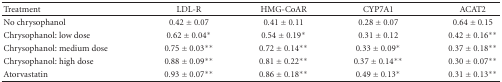
| Treatment | LDL-R | HMG-CoAR | CYP7A1 | ACAT2 |
 | --- | --- | --- | --- | --- |
 | No chrysophanol | 0.42 ± 0.07 | 0.41 ± 0.11 | 0.28 ± 0.07 | 0.64 ± 0.15 |
 | Chrysophanol: low dose | 0.62 ± 0.04* | 0.54 ± 0.19* | 0.31 ± 0.12 | 0.42 ± 0.16** |
 | Chrysophanol: medium dose | 0.75 ± 0.03** | 0.72 ± 0.14** | 0.33 ± 0.09* | 0.37 ± 0.18** |
 | Chrysophanol: high dose | 0.88 ± 0.09** | 0.81 ± 0.22** | 0.37 ± 0.14** | 0.30 ± 0.07** |
 | Atorvastatin | 0.93 ± 0.07** | 0.86 ± 0.18** | 0.49 ± 0.13* | 0.31 ± 0.13** |